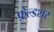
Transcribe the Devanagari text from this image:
फ़ेल्डशर